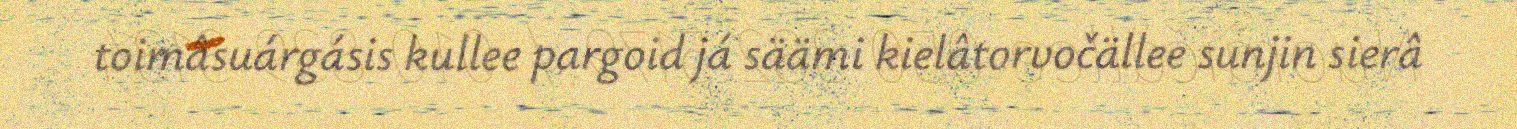
toimâsuárgásis kullee pargoid já säämi kielâtorvočällee sunjin sierâ